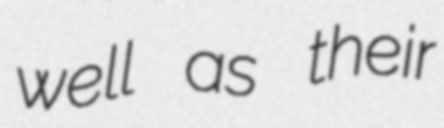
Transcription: well as their